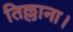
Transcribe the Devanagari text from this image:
तिल्लाना।